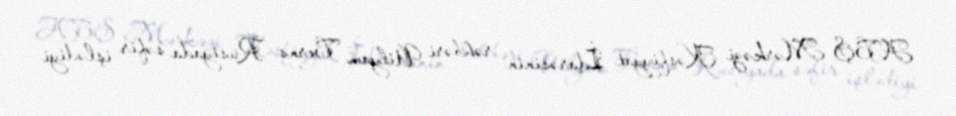
ABŞ Mərkəzi Kəşfiyyat İdarəsinin rəhbəri Uilyam Berns Rusiyada səfir işlədiyi